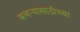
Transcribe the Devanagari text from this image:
कचऱ्यासाठीच्या